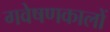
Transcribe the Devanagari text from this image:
गवेषणकालों